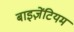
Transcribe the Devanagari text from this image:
बाइज़ेंटियम